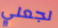
لجعلي